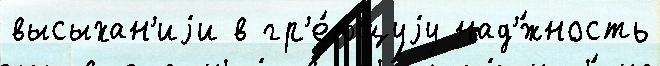
высыхан'иjи в гр'е́ющуjу над'́жность